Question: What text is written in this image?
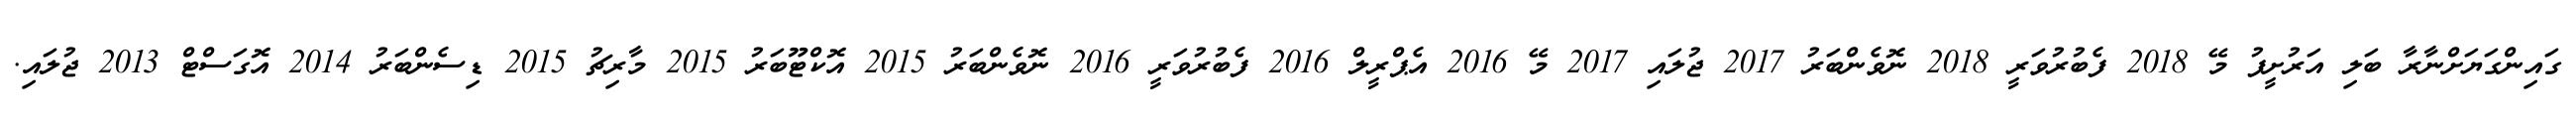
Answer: ގައިންގަޔަށްނާރާ ބަލި އަރުށީފު މޭ 2018 ފެބުރުވަރީ 2018 ނޮވެންބަރު 2017 ޖުލައި 2017 މޭ 2016 އެޕްރީލް 2016 ފެބުރުވަރީ 2016 ނޮވެންބަރު 2015 އޮކްޓޫބަރު 2015 މާރިޗު 2015 ޑިސެންބަރު 2014 އޮގަސްޓް 2013 ޖުލައި.